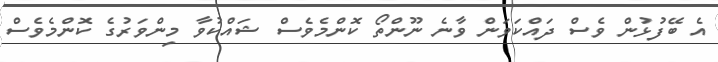
އެ ބޭފުޅުން ވެސް ދައްކަވަން ވާނެ ނޫންތޯ ކޮންމެވެސް ޝައްކުވާ މިންވަރުގެ ކޮންމެވެސް